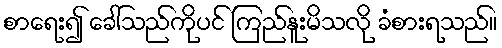
စာရေး၍ ခေါ်သည်ကိုပင် ကြည်နူးမိသလို ခံစားရသည်။